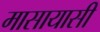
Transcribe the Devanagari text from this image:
मासायासी